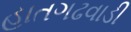
હાતગઢવાડી